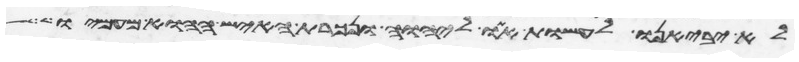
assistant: לא יביאנו לעשות אתו ליהוה ונכרת האיש ההוא מעמיו